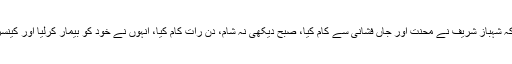
نوازشریف نے کہاکہ شہباز شریف نے محنت اور جاں فشانی سے کام کیا، صبح دیکھی نہ شام، دن رات کام کیا، انہوں نے خود کو بیمار کرلیا اور کینسر میں مبتلا ہوگئے۔